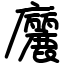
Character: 廲